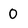
Character: 0